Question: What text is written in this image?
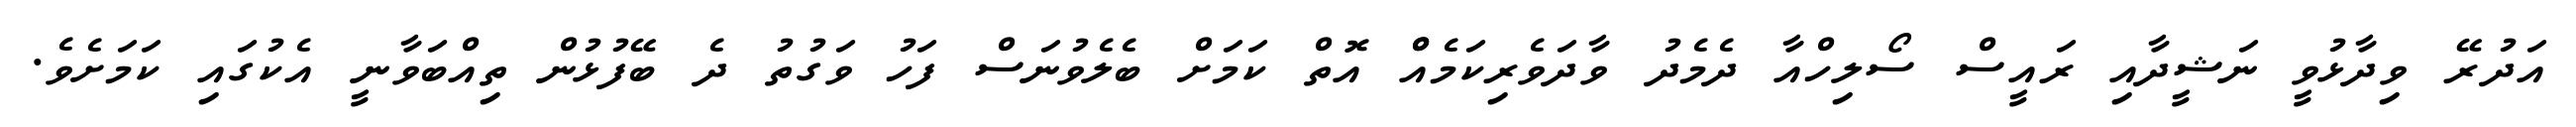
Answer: އަދުރޭ ވިދާޅުވީ ނަޝީދާއި ރައީސް ސޯލިހްއާ ދެމެދު ވާދަވެރިކަމެއްް އޮތް ކަމަށް ބެލެވުނަސް ފަހު ވަގުތު ދެ ބޭފުޅުން ތިއްބަވާނީ އެކުގައި ކަމަށެވެ.